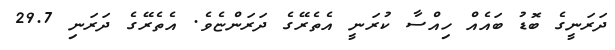
ދަރަނީގެ ބޮޑު ބައެއް ހިއްސާ ކުރަނީ އެތެރޭގެ ދަރަންޏެވެ. އެތެރޭގެ ދަރަނި 29.7